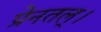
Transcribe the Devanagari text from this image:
प्रेनतल्।